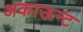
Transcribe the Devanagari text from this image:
अकाऊन्ट